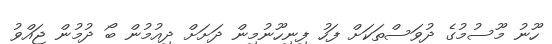
ހޫނު މޫސުމުގެ ދުވަސްތަކަށް ފަހު ފިނިހޫނުމިން ދަށަށް ދިއުމުން ބޯ ދުމުން ޖައްވު